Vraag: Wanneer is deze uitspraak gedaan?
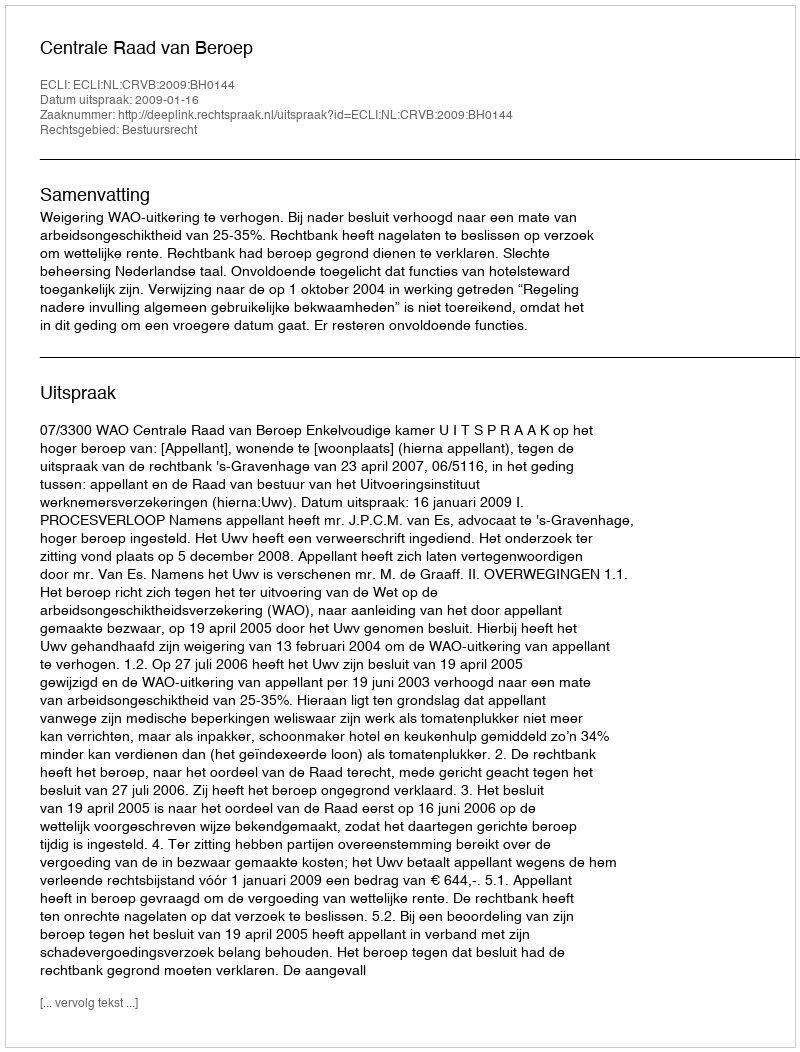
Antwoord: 2009-01-16